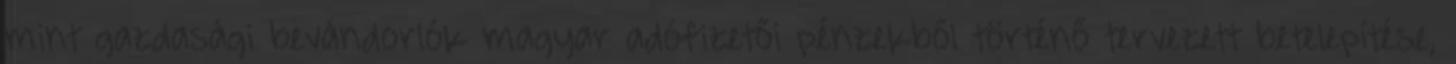
mint gazdasági bevándorlók magyar adófizetői pénzekből történő tervezett betelepítése,